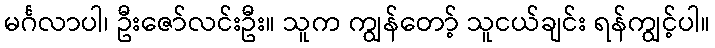
မင်္ဂလာပါ၊ ဦးဇော်လင်းဦး။ သူက ကျွန်တော့် သူငယ်ချင်း ရန်ကျွင့်ပါ။